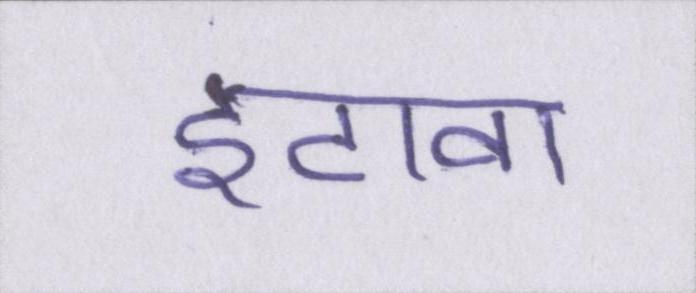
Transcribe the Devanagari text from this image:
इटावा